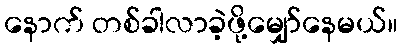
နောက် တစ်ခါလာခဲ့ဖို့မျှော်နေမယ်။